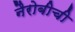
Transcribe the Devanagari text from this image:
नैरोबीची